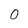
Character: 0